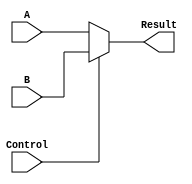
`timescale 1ns / 1ps

module DataSelector_2to1(A, B, Control, Result);
    input [31:0] A, B;
    input Control;
    output [31:0] Result;
    
    assign Result = (Control == 1'b0 ? A : B);

endmodule